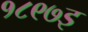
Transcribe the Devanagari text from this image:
१८९७इ